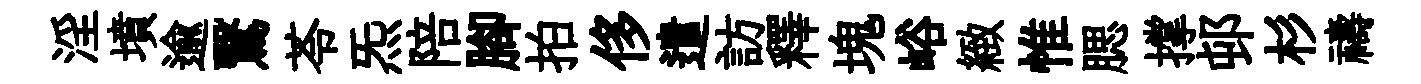
淫墳逾鷖苓炁陪腳拍侈遣訪釋塊峪緻惟腮撑邨杉禱